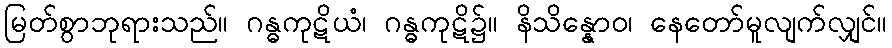
မြတ်စွာဘုရားသည်။ ဂန္ဓကုဋိယံ၊ ဂန္ဓကုဋိ၌။ နိသိန္နောဝ၊ နေတော်မူလျက်လျှင်။